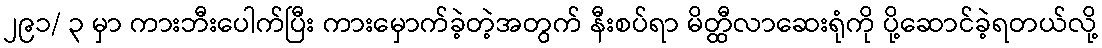
၂၉၁/ ၃ မှာ ကားဘီးပေါက်ပြီး ကားမှောက်ခဲ့တဲ့အတွက် နီးစပ်ရာ မိတ္ထီလာဆေးရုံကို ပို့ဆောင်ခဲ့ရတယ်လို့